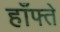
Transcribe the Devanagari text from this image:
हाँफ्ते